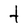
Character: t